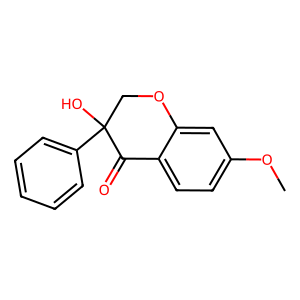
SMILES: COc1ccc2c(c1)OCC(O)(c1ccccc1)C2=O
Inhibits HIV replication: No